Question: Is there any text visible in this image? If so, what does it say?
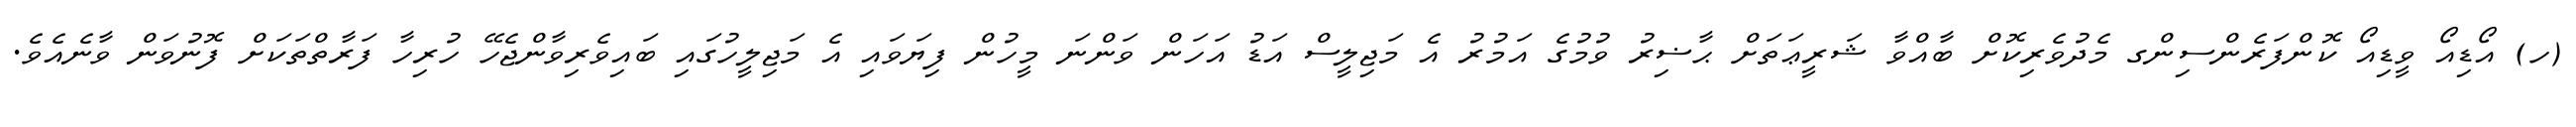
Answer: (ހ) އޯޑިއޯ ވީޑިއޯ ކޮންފަރެންސިންގ މެދުވެރިކޮށް ބާއްވާ ޝަރީޢަތަށް ޙާޟިރު ވުމުގެ އަމުރު އެ މަޖިލީސް އަޑު އަހަން ވަންނަ މީހުން ފިޔަވައި އެ މަޖިލީހުގައި ބައިވެރިވާންޖެހޭ ހުރިހާ ފަރާތްތަކަށް ފޮނުވަން ވާނެއެވެ.